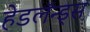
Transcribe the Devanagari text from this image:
हेडलॅन्ड्‌स